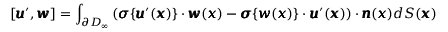
[ { \pmb u } ^ { \prime } , { \pmb w } ] = \int _ { \partial D _ { \infty } } \left( { \pmb \sigma } \{ { \pmb u } ^ { \prime } ( { \pmb x } ) \} \cdot { \pmb w } ( { \pmb x } ) - { \pmb \sigma } \{ { \pmb w } ( { \pmb x } ) \} \cdot { \pmb u } ^ { \prime } ( { \pmb x } ) \right) \cdot { \pmb n } ( { \pmb x } ) d S ( { \pmb x } )